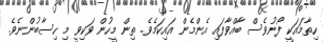
ހިތާމައަކީ ފޯނުވެސް ބާއްވާފައި އެންމެން އައިކަމެވެ. ތިން މީހުން ވަކިވީ މި ހިސާބުންނެވެ.